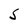
Character: S